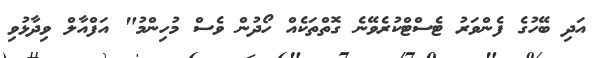
އަދި ބޭހުގެ ފެންވަރު ޓެސްޓްކުރެވޭނެ ގޮތްތަކެއް ހޯދުން ވެސް މުހިންމު" އަފްއާލް ވިދާޅުވި